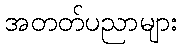
အတတ်ပညာများ